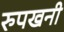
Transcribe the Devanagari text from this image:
रुपखनी